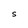
Character: S